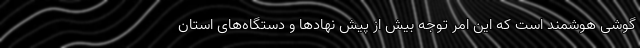
گوشی هوشمند است که این امر توجه بیش از پیش نهادها و دستگاه‌های استان